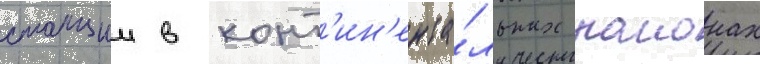
станции в конт'ин'ента́льных раионах